Veterinary [1904] -
Year: 1904
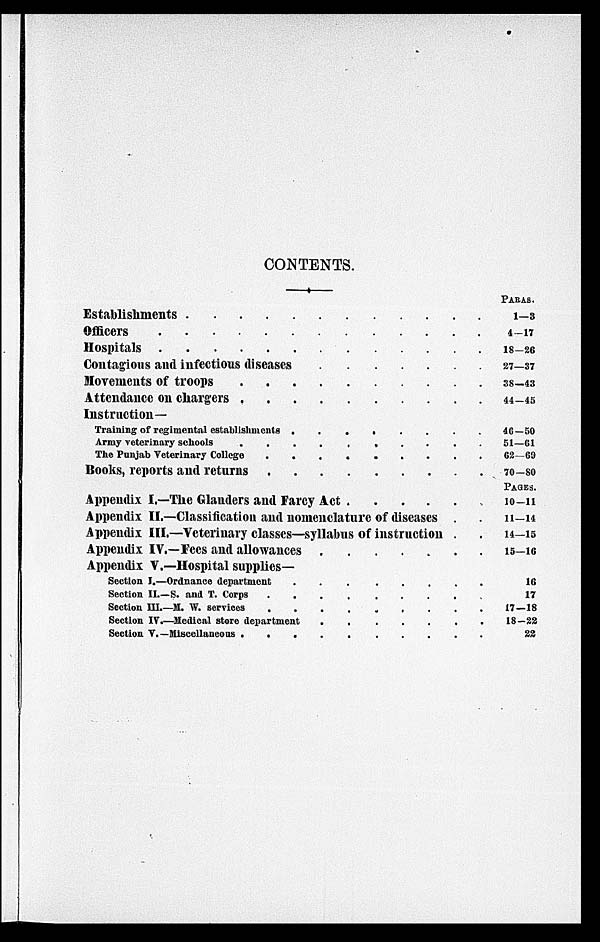
CONTENTS.
Establishments . . . . . . . . . . . . . .
Officers . . . . . . . . . . . . . .
Hospitals . . . . . . . . . . . . . .
Contagious and infectious diseases
Movements of troops . . . . . . . . . . . . . .
Attendance on chargers . . . . . . . . . . . . . .
Instruction-
Training of regimental establishments
.......
Army veterinary schools . . . . . . . . . . . . . .
The Punjab Veterinary College . . . . . . . . . . . . . .
Books, reports and returns . . . . . . . . . . . . . .
Appendix I.—The Glanders and Farcy Act . . . .
Appendix II.—Classification and nomenclature of diseases .
Appendix III.—Veterinary classes—syllabus of instruction .
Appendix IV.—Fees and allowances . . . . . . .
Appendix V.—Hospital supplies—
Section I.—Ordnance department . . . . . . .
Section II.—S. and T. Corps
Section III.—M.W. services . . . . . .
Section IV.—Medical store department . . . . . . .
Section V.—Miscellaneous . . . . . .
PARAS.
1—3
4—17
18—26
27—37
38—43
44—45
46—50
51—61
62—69
70—80
PAGES.
10—11
11—14
14—15
15—16
16
17
17—18
18—22
22